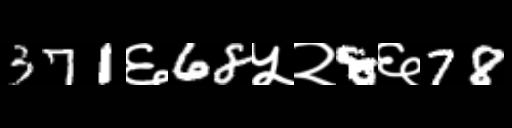
Text: 371६68५२8६78